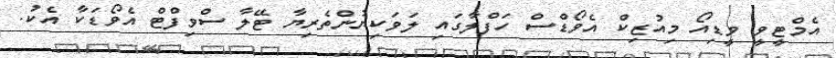
އެމްޓީވީ ވީޑިއޯ މިއުޒިކް އެވޯޑްސް ހަފްލާގައި ލަވަކިޔުންތެރިޔާ ޓޭލާ ސްވިފްޓް އެވޯޑަކާ އެކު.